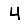
Digit: 4